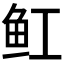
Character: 𫚉